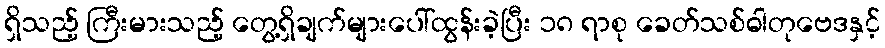
ရှိသည့် ကြီးမားသည့် တွေ့ရှိချက်များပေါ်ထွန်းခဲ့ပြီး ၁၈ ရာစု ခေတ်သစ်ဓါတုဗေဒနှင့်